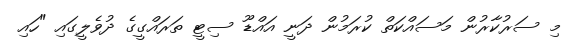
މި ސަރުކާރުން މަސައްކަތް ކުރަމުން ދަނީ އައްޑޫ ސިޓީ ތަރައްގީގެ ދުވެލީގައި "ހައި